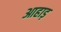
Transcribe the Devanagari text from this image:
आहाड़